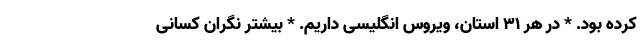
کرده بود. * در هر ۳۱ استان، ویروس انگلیسی داریم. * بیشتر نگران کسانی